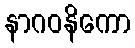
နာဂဝနိကော